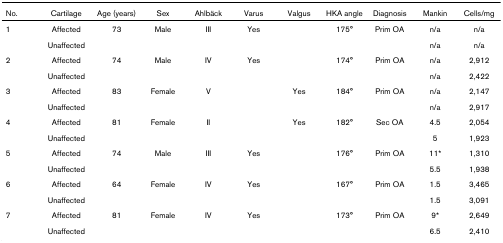
<table><thead><tr><td><b>No.</b></td><td><b>Cartilage</b></td><td><b>Age (years)</b></td><td><b>Sex</b></td><td><b>Ahlbäck</b></td><td><b>Varus</b></td><td><b>Valgus</b></td><td><b>HKA angle</b></td><td><b>Diagnosis</b></td><td><b>Mankin</b></td><td><b>Cells/mg</b></td></tr></thead><tbody><tr><td>1</td><td>Affected</td><td>73</td><td>Male</td><td>III</td><td>Yes</td><td></td><td>175°</td><td>Prim OA</td><td>n/a</td><td>n/a</td></tr><tr><td></td><td>Unaffected</td><td></td><td></td><td></td><td></td><td></td><td></td><td></td><td>n/a</td><td>n/a</td></tr><tr><td>2</td><td>Affected</td><td>74</td><td>Male</td><td>IV</td><td>Yes</td><td></td><td>174°</td><td>Prim OA</td><td>n/a</td><td>2,912</td></tr><tr><td></td><td>Unaffected</td><td></td><td></td><td></td><td></td><td></td><td></td><td></td><td>n/a</td><td>2,422</td></tr><tr><td>3</td><td>Affected</td><td>83</td><td>Female</td><td>V</td><td></td><td>Yes</td><td>184°</td><td>Prim OA</td><td>n/a</td><td>2,147</td></tr><tr><td></td><td>Unaffected</td><td></td><td></td><td></td><td></td><td></td><td></td><td></td><td>n/a</td><td>2,917</td></tr><tr><td>4</td><td>Affected</td><td>81</td><td>Female</td><td>II</td><td></td><td>Yes</td><td>182°</td><td>Sec OA</td><td>4.5</td><td>2,054</td></tr><tr><td></td><td>Unaffected</td><td></td><td></td><td></td><td></td><td></td><td></td><td></td><td>5</td><td>1,923</td></tr><tr><td>5</td><td>Affected</td><td>74</td><td>Male</td><td>III</td><td>Yes</td><td></td><td>176°</td><td>Prim OA</td><td>11*</td><td>1,310</td></tr><tr><td></td><td>Unaffected</td><td></td><td></td><td></td><td></td><td></td><td></td><td></td><td>5.5</td><td>1,938</td></tr><tr><td>6</td><td>Affected</td><td>64</td><td>Female</td><td>IV</td><td>Yes</td><td></td><td>167°</td><td>Prim OA</td><td>1.5</td><td>3,465</td></tr><tr><td></td><td>Unaffected</td><td></td><td></td><td></td><td></td><td></td><td></td><td></td><td>1.5</td><td>3,091</td></tr><tr><td>7</td><td>Affected</td><td>81</td><td>Female</td><td>IV</td><td>Yes</td><td></td><td>173°</td><td>Prim OA</td><td>9*</td><td>2,649</td></tr><tr><td></td><td>Unaffected</td><td></td><td></td><td></td><td></td><td></td><td></td><td></td><td>6.5</td><td>2,410</td></tr></tbody></table>